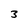
Character: 3